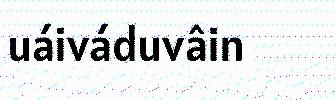
uáiváduvâin